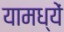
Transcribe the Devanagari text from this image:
यामध्यें